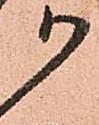
か